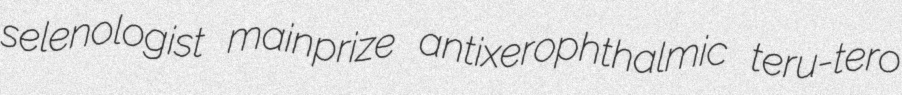
selenologist mainprize antixerophthalmic teru-tero